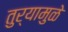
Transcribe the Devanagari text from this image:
तुर्‍यामुळे